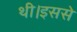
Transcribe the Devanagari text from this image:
थी।इससे